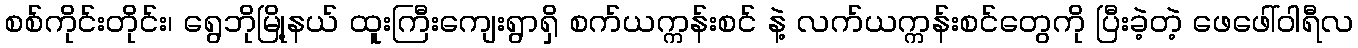
စစ်ကိုင်းတိုင်း၊ ရွေဘိုမြို့နယ် ထူးကြီးကျေးရွာရှိ စက်ယက္ကန်းစင် နဲ့ လက်ယက္ကန်းစင်တွေကို ပြီးခဲ့တဲ့ ဖေဖေါ်ဝါရီလ